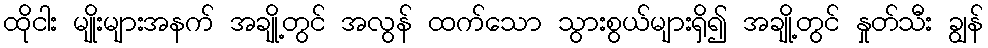
ထိုငါး မျိုးများအနက် အချို့တွင် အလွန် ထက်သော သွားစွယ်များရှိ၍ အချို့တွင် နှုတ်သီး ချွန်